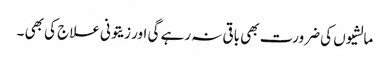
مالشیوں کی ضرورت بھی باقی نہ رہے گی اور زیتونی علاج کی بھی ۔